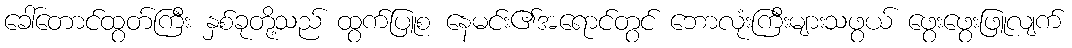
ခေါ်တောင်ထွတ်ကြီး နှစ်ခုတို့သည် ထွက်ပြူစ နေမင်း၏အရောင်တွင် ဘောလုံးကြီးများသဖွယ် ဖွေးဖွေးဖြူလျက်